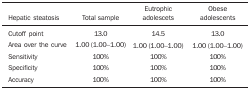
<table><thead><tr><td><b>Hepatic steatosis</b></td><td><b>Total sample</b></td><td><b>Eutrophic adolescets</b></td><td><b>Obese adolescents</b></td></tr></thead><tbody><tr><td>Cutoff point</td><td>13.0</td><td>14.5</td><td>13.0</td></tr><tr><td>Area over the curve</td><td>1.00 (1.00-1.00)</td><td>1.00 (1.00-1.00)</td><td>1.00 (1.00-1.00)</td></tr><tr><td>Sensitivity</td><td>100%</td><td>100%</td><td>100%</td></tr><tr><td>Specificity</td><td>100%</td><td>100%</td><td>100%</td></tr><tr><td>Accuracy</td><td>100%</td><td>100%</td><td>100%</td></tr></tbody></table>